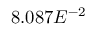
8 . 0 8 7 E ^ { - 2 }